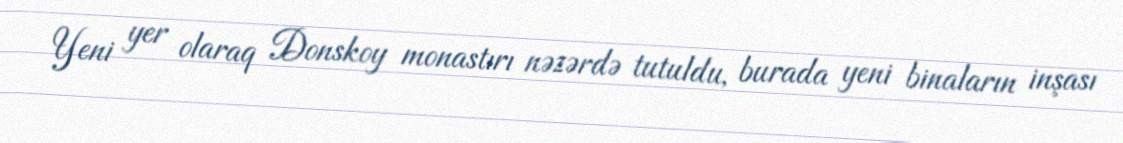
Yeni yer olaraq Donskoy monastırı nəzərdə tutuldu, burada yeni binaların inşası